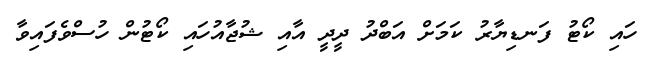
ހައި ކޯޓު ފަނޑިޔާރު ކަމަށް އަބްދު ދީދީ އާއި ޝުޖާއުހައި ކޯޓުން ހުސްވެފައިވާ